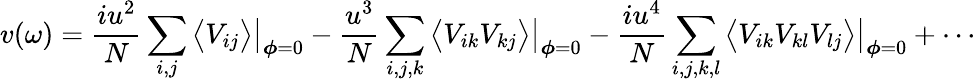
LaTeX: v(\omega)=\frac{iu^{2}}{N}\sum_{i,j}\big\langle V_{ij}\big\rangle\big|_{\boldsymbol{\phi}=0}-\frac{u^{3}}{N}\sum_{i,j,k}\big\langle V_{ik}V_{kj}\big\rangle\big|_{\boldsymbol{\phi}=0}-\frac{iu^{4}}{N}\sum_{i,j,k,l}\big\langle V_{ik}V_{kl}V_{lj}\big\rangle\big|_{\boldsymbol{\phi}=0}+\cdots